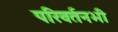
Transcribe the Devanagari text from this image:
परिवर्तनभी